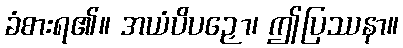
ခံစားရ၏။ အယံပိပဉှော၊ ဤပြဿနာ။